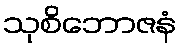
သုစိဘောဇနံ